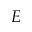
E